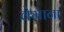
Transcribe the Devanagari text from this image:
वेमाना